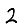
Digit: 2